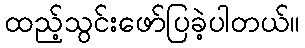
ထည့်သွင်းဖော်ပြခဲ့ပါတယ်။